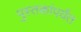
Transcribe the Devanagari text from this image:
पुस्तकांपर्यंत